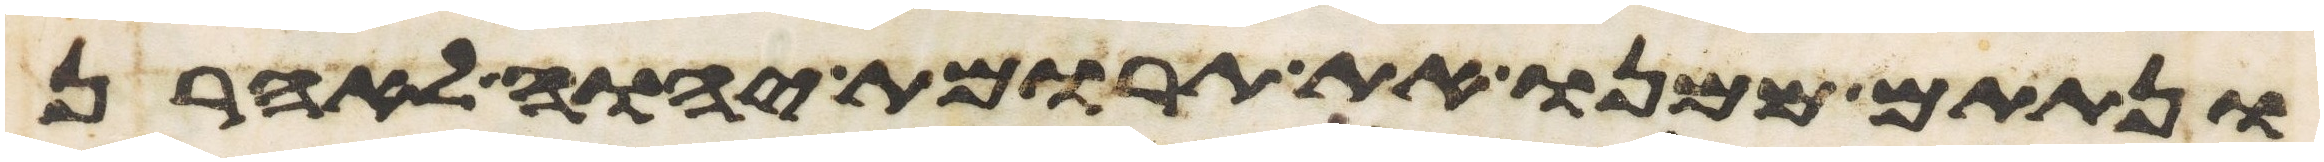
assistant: ונתתם ממנו את תרומת יהוה לאהרן